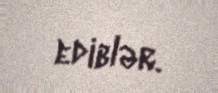
ediblər.